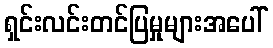
ရှင်းလင်းတင်ပြမှုများအပေါ်